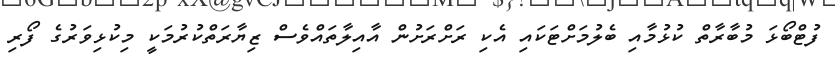
ފުޓްބޯޅަ މުބާރާތް ކުޅުމާއި ބެލުމަށްޓަކައި އެކި ރަށްރަށުން އާއިލާތައްވެސް ޒިޔާރަތްކުރުމަކީ މިކުޅިވަރުގެ ފޯރި